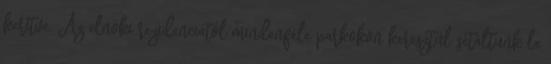
kerítve. Az elnöki rezidenciától mindenféle parkokon keresztül sétáltunk le